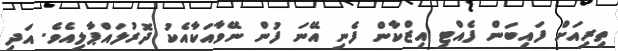
ތިރިއަށް ފައިބަން ފެއްޓި އިޒްކާން ފެނި އޭނަ ފުން ނޭވާއަކާއެކު ދޮރުލައްޕާލިއެވެ. އަދި